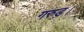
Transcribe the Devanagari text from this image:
गरुड़।